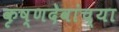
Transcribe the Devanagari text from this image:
कृष्णदेवांच्या